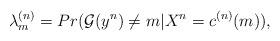
LaTeX: \begin{align*}\lambda_m^{(n)} = Pr(\mathcal{G}(y^n) \neq m | X^n = c^{(n)}(m) ),\end{align*}